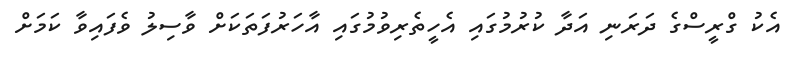
އެކު ގްރީސްގެ ދަރަނި އަދާ ކުރުމުގައި އެހީތެރިވުމުގައި އާހަރުފަތަކަށް ވާސިލު ވެފައިވާ ކަމަށް